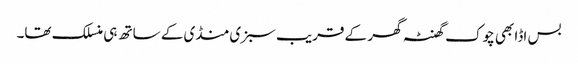
بس اڈا بھی چوک گھنٹہ گھر کے قریب سبزی منڈی کے ساتھ ہی منسلک تھا۔